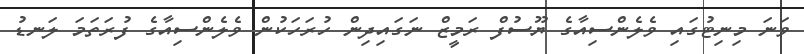
ވަނަ މިނިޓުގައި ވެލެންސިއާގެ ޔޫސުފް ރަމީޒް ނަގައިދިން ހުރަހަކުން ވެލެންސިއާގެ ފުރަތަމަ ލަނޑު